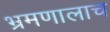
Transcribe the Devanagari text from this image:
भ्रमणालाच